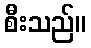
စီးသည်။